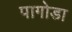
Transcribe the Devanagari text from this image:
पागोडा